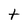
Character: t